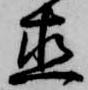
直